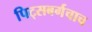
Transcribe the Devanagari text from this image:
पिट्सबर्गचाच